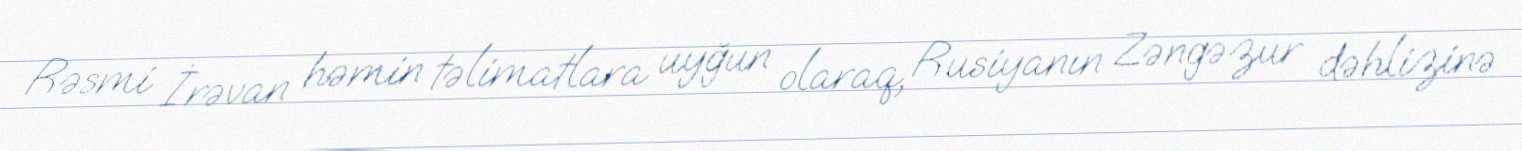
Rəsmi İrəvan həmin təlimatlara uyğun olaraq, Rusiyanın Zəngəzur dəhlizinə